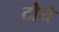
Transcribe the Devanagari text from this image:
टोये